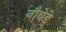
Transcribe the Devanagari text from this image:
नौबेड़े